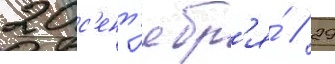
20 с'ент'ябр'я́ // 29